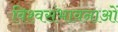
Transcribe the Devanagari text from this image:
विश्वसंभावनाओं